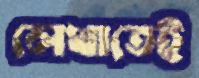
লেখাতেই